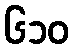
၆၁၀